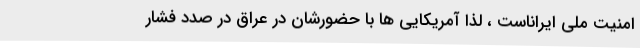
امنیت ملی ایراناست ، لذا آمریکایی ها با حضورشان در عراق در صدد فشار